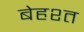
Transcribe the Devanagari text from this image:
बेहश्त